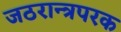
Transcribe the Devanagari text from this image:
जठरान्त्रपरक